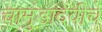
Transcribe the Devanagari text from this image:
चामुंडादेवीचे